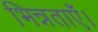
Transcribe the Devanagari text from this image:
भिन्नताएँ।